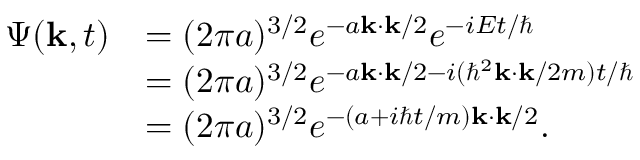
{ \begin{array} { r l } { \Psi ( \mathbf { k } , t ) } & { = ( 2 \pi a ) ^ { 3 / 2 } e ^ { - a \mathbf { k } \cdot \mathbf { k } / 2 } e ^ { - i E t / \hbar } } \\ & { = ( 2 \pi a ) ^ { 3 / 2 } e ^ { - a \mathbf { k } \cdot \mathbf { k } / 2 - i ( \hbar ^ { 2 } \mathbf { k } \cdot \mathbf { k } / 2 m ) t / \hbar } } \\ & { = ( 2 \pi a ) ^ { 3 / 2 } e ^ { - ( a + i \hbar t / m ) \mathbf { k } \cdot \mathbf { k } / 2 } . } \end{array} }